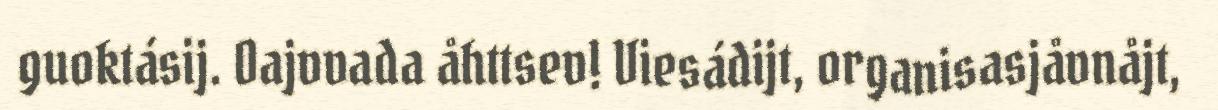
guoktásij. Oajvvada åhttsev! Viesádijt, organisasjåvnåjt,